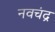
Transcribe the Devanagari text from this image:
नवचंद्र